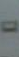
-